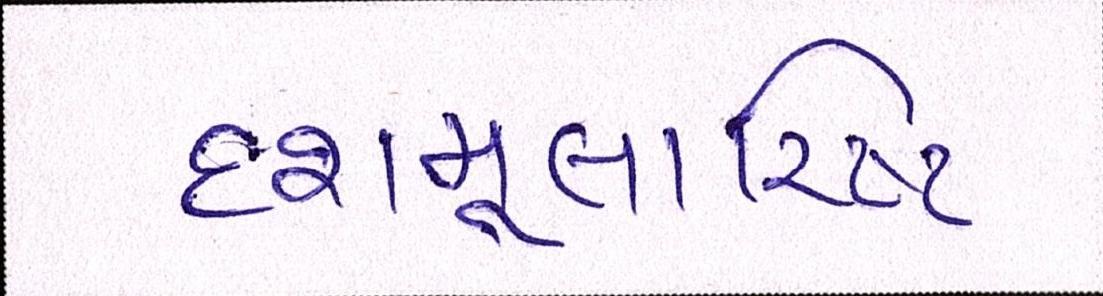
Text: દશમૂલારિષ્ટ